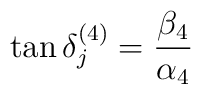
\tan \delta_j^{(4)} ={\beta_4\over\alpha_4}